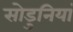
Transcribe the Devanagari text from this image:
सोडुनियां